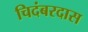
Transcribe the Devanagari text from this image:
चिदंबरदास